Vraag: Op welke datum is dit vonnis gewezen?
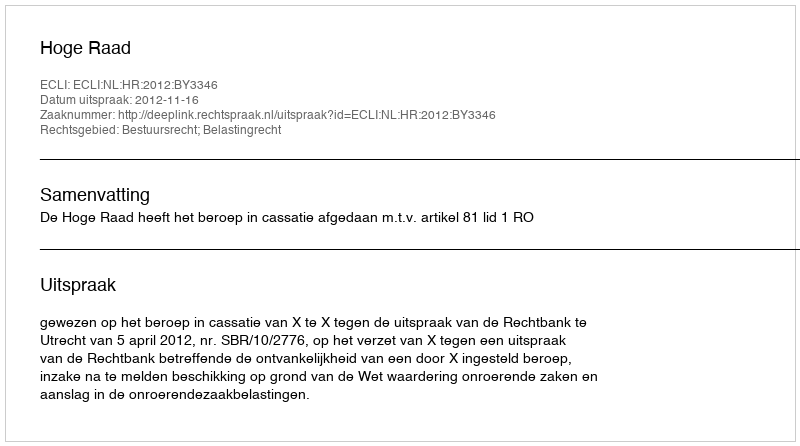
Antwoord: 2012-11-16